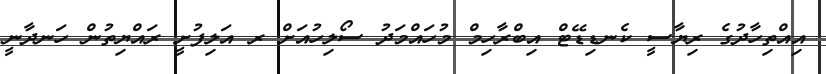
އިއްތިހާދުގެ ރިޔާސީ ކެނޑިޑޭޓް އިބްރާހިމް މުހައްމަދު ސޯލިހުއަށް ރ އަލިފުށީ ރައްޔިތުން ހަނދާނީ